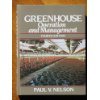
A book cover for Greenhouse Operation and Management, 4th Edition; Paul V. Nelson; Crafts, Hobbies & Home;